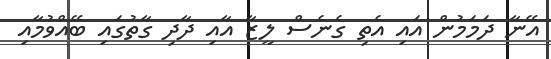
އޭނާ ދަމަމުން އައި އެތި ގެނެސް ލީޒާ އާއި ދާދި ގާތުގައި ބޭއްވުމާއި